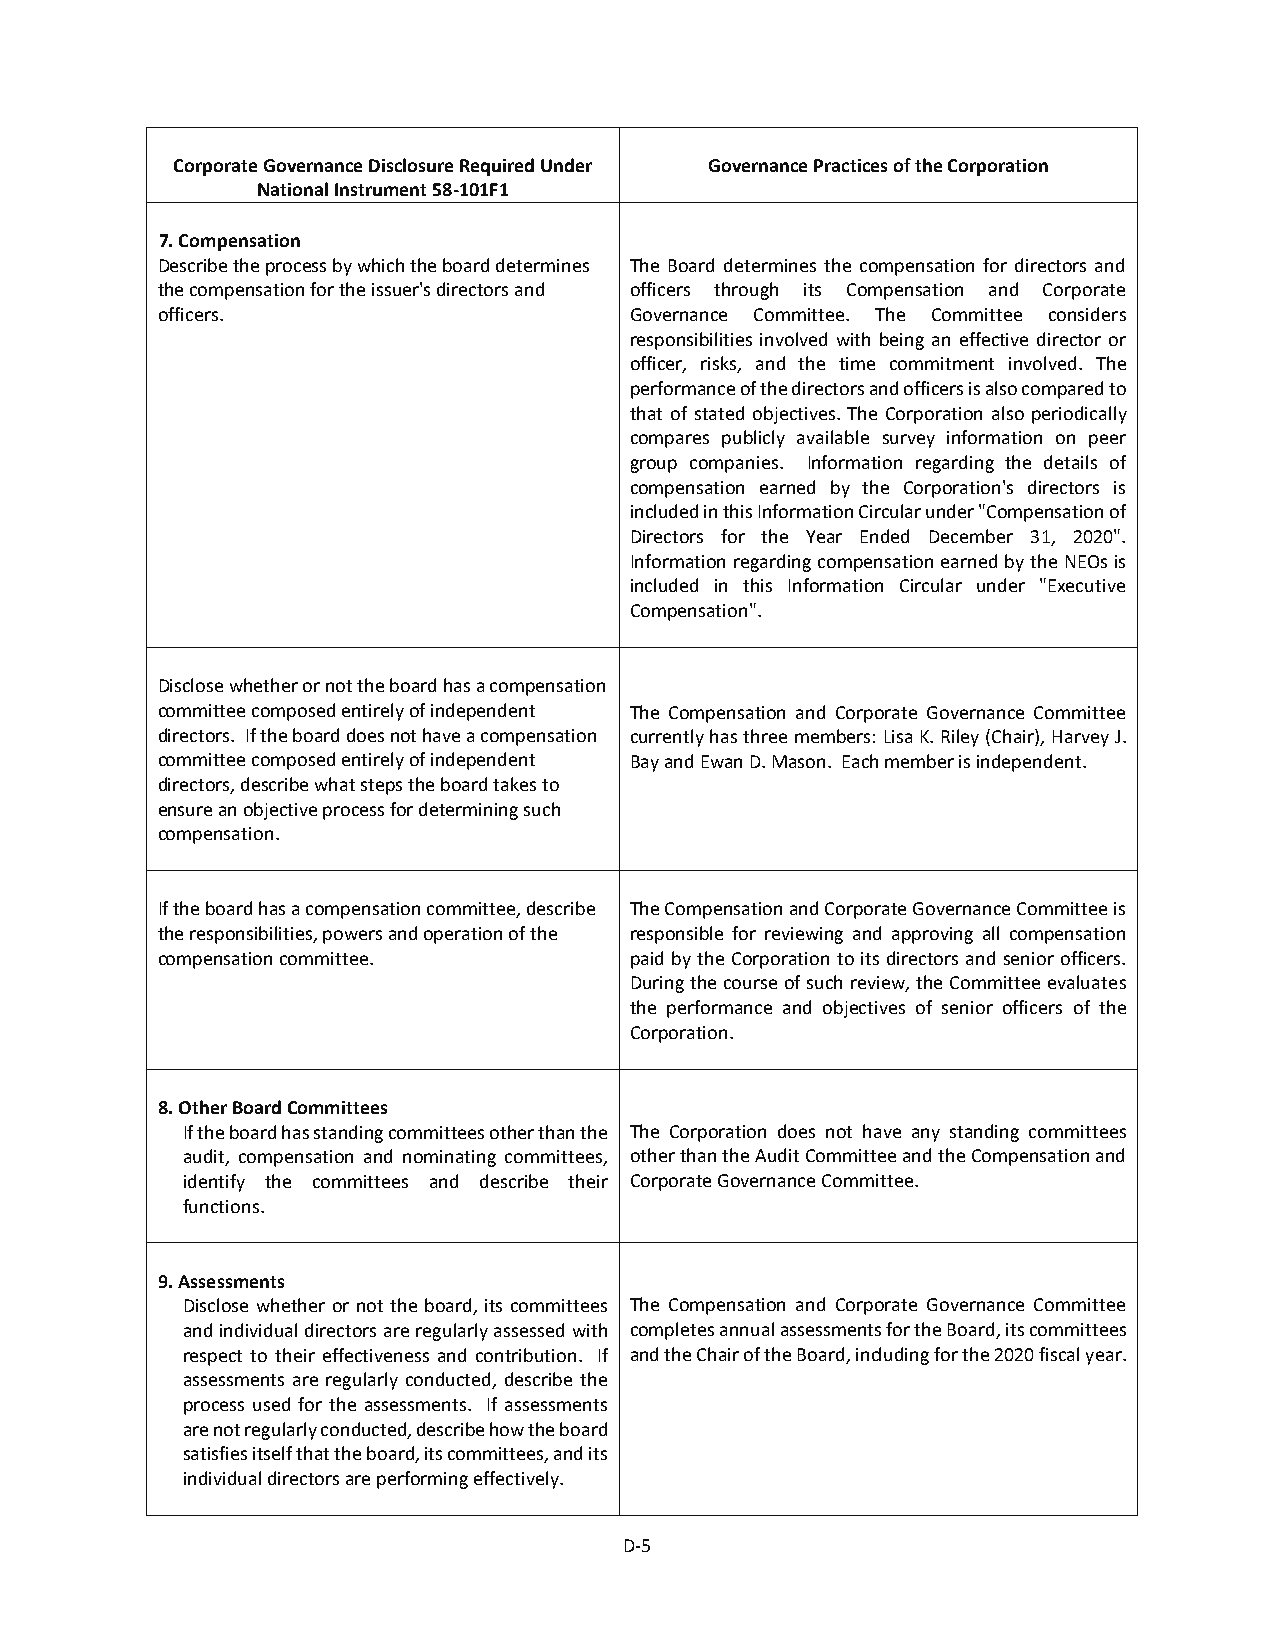
Corporate Governance Disclosure Required Under Governance Practices of the Corporation
 National Instrument 58-101F1
 7. Compensation
 Describe the process by which the board determines The Board determines the compensation for directors and
 the compensation for the issuer's directors and officers through its Compensation and Corporate
 officers.                       Governance Committee. The Committee considers
 responsibilities involved with being an effective director or
 officer, risks, and the time commitment involved. The
 performance of the directors and officers is also compared to
 that of stated objectives. The Corporation also periodically
 compares publicly available survey information on peer
 group companies. Information regarding the details of
 compensation earned by the Corporation's directors is
 included in this Information Circular under "Compensation of
 Directors for the Year Ended December 31, 2020".
 Information regarding compensation earned by the NEOs is
 included in this Information Circular under "Executive
 Compensation".
 Disclose whether or not the board has a compensation
 committee composed entirely of independent The Compensation and Corporate Governance Committee
 directors. If the board does not have a compensation currently has three members: Lisa K. Riley (Chair), Harvey J.
 committee composed entirely of independent Bay and Ewan D. Mason. Each member is independent.
 directors, describe what steps the board takes to
 ensure an objective process for determining such
 compensation.
 If the board has a compensation committee, describe The Compensation and Corporate Governance Committee is
 the responsibilities, powers and operation of the responsible for reviewing and approving all compensation
 compensation committee.         paid by the Corporation to its directors and senior officers.
 During the course of such review, the Committee evaluates
 the performance and objectives of senior officers of the
 Corporation.
 8. Other Board Committees
 If the board has standing committees other than the The Corporation does not have any standing committees
 audit, compensation and nominating committees, other than the Audit Committee and the Compensation and
 identify the committees and describe their Corporate Governance Committee.
 functions.
 9. Assessments
 Disclose whether or not the board, its committees The Compensation and Corporate Governance Committee
 and individual directors are regularly assessed with completes annual assessments for the Board, its committees
 respect to their effectiveness and contribution. If and the Chair of the Board, including for the 2020 fiscal year.
 assessments are regularly conducted, describe the
 process used for the assessments. If assessments
 are not regularly conducted, describe how the board
 satisfies itself that the board, its committees, and its
 individual directors are performing effectively.
 D-5